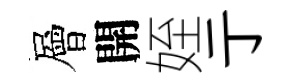
層開姪亍